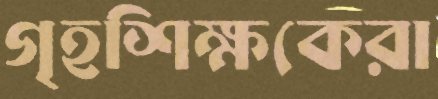
গৃহশিক্ষকেরা